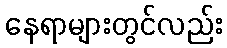
နေရာများတွင်လည်း